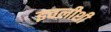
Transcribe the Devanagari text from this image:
इवलीशी